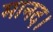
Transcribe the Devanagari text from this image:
मानद।